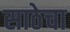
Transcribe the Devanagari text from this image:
साठेचा